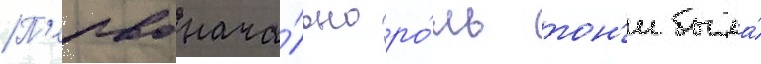
П'ервонача́льно ро́ль тон'и была́